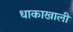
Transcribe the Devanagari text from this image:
धाकाखाली